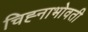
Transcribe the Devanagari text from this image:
चिह्नाभोवती